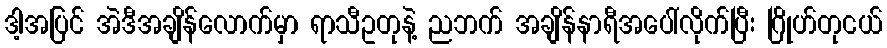
ဒါ့အပြင် အဲဒီအချိန်လောက်မှာ ရာသီဥတုနဲ့ ညဘက် အချိန်နာရီအပေါ်လိုက်ပြီး ဂြိုဟ်တုငယ်